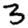
Digit: 3